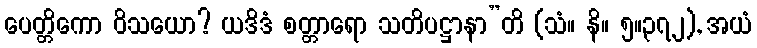
ပေတ္တိကော ဝိသယော? ယဒိဒံ စတ္တာရော သတိပဋ္ဌာနာ”တိ (သံ။ နိ။ ၅။၃၇၂), အယံ